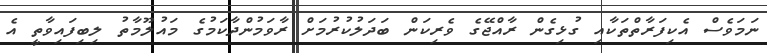
ނަމަވެސް އެކިފަރާތްތަކާއި ގުޅިގެން ރާއްޖޭގެ ވެރިކަން ބަދަލުކުރުމަށް ރާވަމުންދާކަމުގެ މައުލޫމާތު ލިބިފައިވާތީ އެ